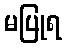
မပြုရ